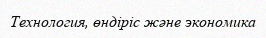
Технология, өндіріс және экономика